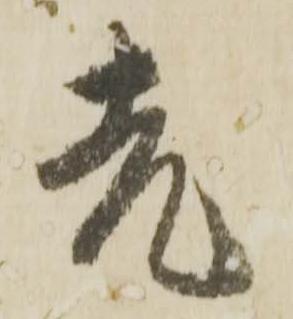
老